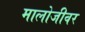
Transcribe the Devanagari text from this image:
मालोजीवर